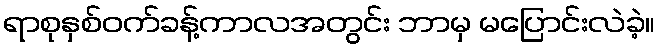
ရာစုနှစ်ဝက်ခန့်ကာလအတွင်း ဘာမှ မပြောင်းလဲခဲ့။